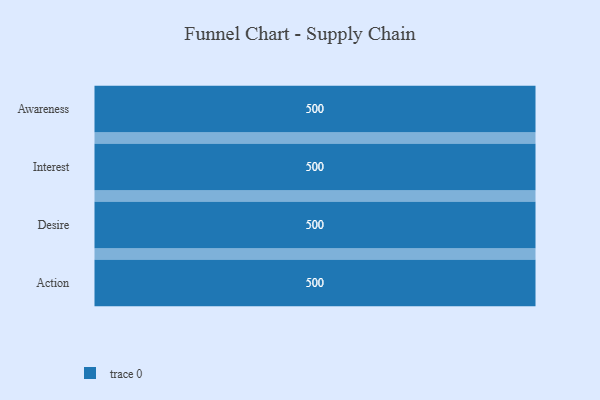
{"axis": {"x": "Stage", "y": "Value"}, "legend": [""], "data": [{"x": "Awareness", "y": 500, "type": ""}, {"x": "Interest", "y": 500, "type": ""}, {"x": "Desire", "y": 500, "type": ""}, {"x": "Action", "y": 500, "type": ""}]}